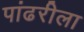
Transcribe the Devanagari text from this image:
पांढरीला